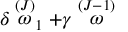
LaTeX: \delta \stackrel { ( J ) } { \omega } _ { 1 } + \gamma \stackrel { ( J - 1 ) } { \omega }